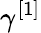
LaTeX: \gamma^{[1]}